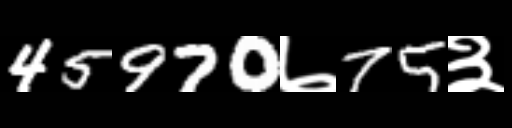
Text: 45970७75३